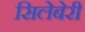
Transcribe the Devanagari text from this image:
सिलेबेरी